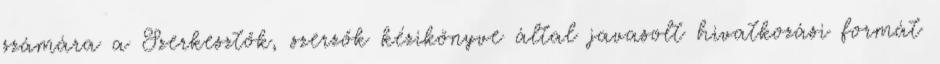
számára a Szerkesztők, szerzők kézikönyve által javasolt hivatkozási formát